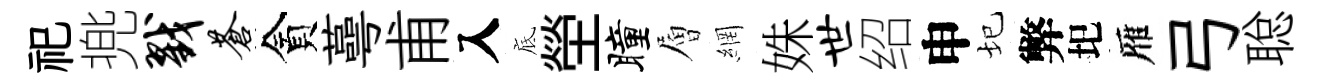
祀兠戮苍貪蕚甫入底塋瞳層網姝世绍申圮弊圯雁弓聪